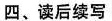
四、读后续写